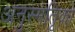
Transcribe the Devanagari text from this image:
अनुस्मतिृको